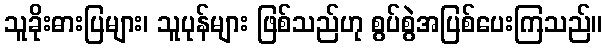
သူခိုးဓားပြများ၊ သူပုန်များ ဖြစ်သည်ဟု စွပ်စွဲအပြစ်ပေးကြသည်။